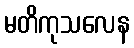
မတိကုသလေန